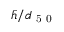
\bar { h } / d _ { \mathrm { ~ 5 ~ 0 ~ } }